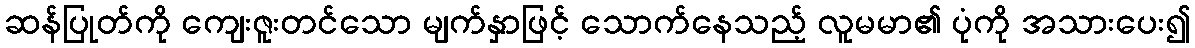
ဆန်ပြုတ်ကို ကျေးဇူးတင်သော မျက်နှာဖြင့် သောက်နေသည့် လူမမာ၏ ပုံကို အသားပေး၍